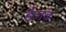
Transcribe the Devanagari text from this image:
हैजब